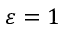
\varepsilon = 1